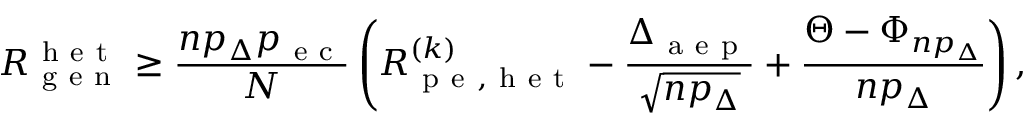
R _ { \mathrm { ~ g ~ e ~ n ~ } } ^ { \mathrm { ~ h ~ e ~ t ~ } } \geq \frac { n p _ { \Delta } p _ { \mathrm { ~ e ~ c ~ } } } { N } \left( R _ { \mathrm { ~ p ~ e ~ , ~ h ~ e ~ t ~ } } ^ { ( k ) } - \frac { \Delta _ { \mathrm { ~ a ~ e ~ p ~ } } } { \sqrt { n p _ { \Delta } } } + \frac { \Theta - \Phi _ { n p _ { \Delta } } } { n p _ { \Delta } } \right) ,